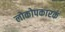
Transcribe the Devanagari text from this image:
लोकोपकारकं